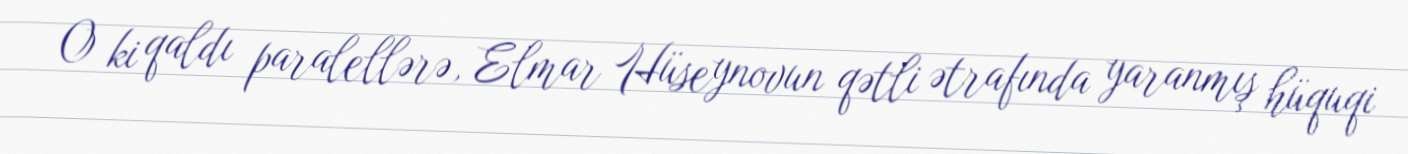
O ki qaldı paralellərə, Elmar Hüseynovun qətli ətrafında yaranmış hüquqi